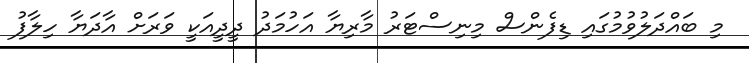
މި ބައްދަލުވުމުގައި ޑިފެންސް މިނިސްޓަރު މާރިޔާ އަހުމަދު ދީދީއަކީ ވަރަށް އާދަޔާ ހިލާފު